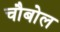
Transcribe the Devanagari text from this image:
चौबोल